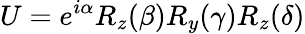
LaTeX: U=e^{i\alpha}R_{z}(\beta)R_{y}(\gamma)R_{z}(\delta)